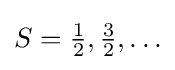
{\textstyle S={\frac {1}{2}},{\frac {3}{2}},\ldots }